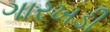
ગારખડી